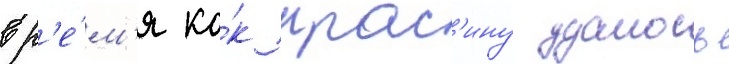
вр'е́м'я ка́к крас'ину удалось